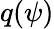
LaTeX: q(\psi)